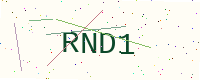
Text: RND1